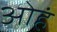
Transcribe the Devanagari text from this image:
ओहं